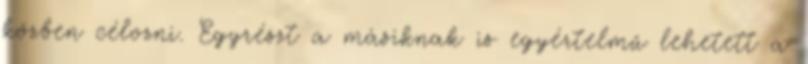
közben célozni. Egyrészt a másiknak is egyértelmű lehetett a